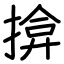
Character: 揜